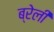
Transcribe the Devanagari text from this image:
ब्रेली